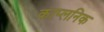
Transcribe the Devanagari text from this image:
काप्लनिक